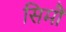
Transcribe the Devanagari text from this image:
सिमौं